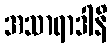
အသာရာဒါနိ